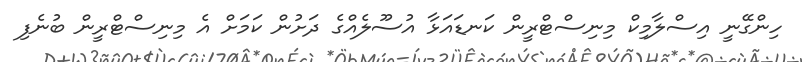
ހިންގޭނީ އިސްލާމިކް މިނިސްޓްރީން ކަނޑައަޅާ އުސޫލެއްގެ ދަށުން ކަމަށް އެ މިނިސްޓްރީން ބުނެފި